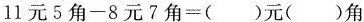
$$1 1 元 5 角 - 8 元 7 角 = ( ) 元 ( ) 角$$